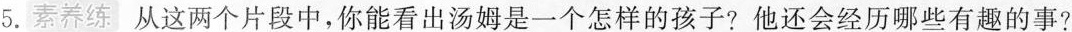
5.素养练 从这两个片段中，你能看出汤姆是一个怎样的孩子?他还会经历哪些有趣的事?